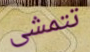
تتمشى